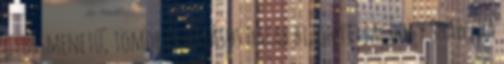
gyorsmenetű, tömör és hatásos darab bizonyítja, hogy Shaw, ha